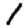
Digit: 1